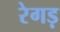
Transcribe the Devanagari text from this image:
रेगड़